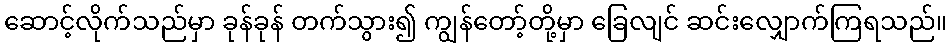
ဆောင့်လိုက်သည်မှာ ခုန်ခုန် တက်သွား၍ ကျွန်တော့်တို့မှာ ခြေလျင် ဆင်းလျှောက်ကြရသည်။